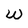
Character: w